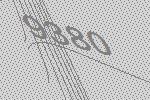
9380